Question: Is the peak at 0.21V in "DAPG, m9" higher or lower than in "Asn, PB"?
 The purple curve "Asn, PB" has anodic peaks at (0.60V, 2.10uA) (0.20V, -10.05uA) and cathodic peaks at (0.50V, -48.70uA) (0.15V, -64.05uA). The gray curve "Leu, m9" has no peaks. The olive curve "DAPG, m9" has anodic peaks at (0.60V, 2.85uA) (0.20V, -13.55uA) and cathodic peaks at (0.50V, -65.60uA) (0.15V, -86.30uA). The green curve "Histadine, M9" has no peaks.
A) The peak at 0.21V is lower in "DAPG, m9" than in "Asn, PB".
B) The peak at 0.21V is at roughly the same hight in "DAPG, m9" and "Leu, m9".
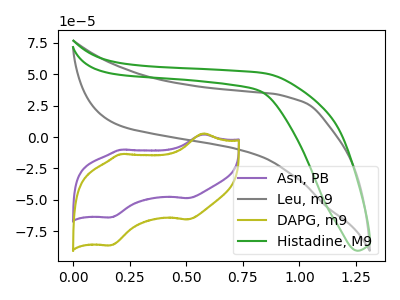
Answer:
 <answer>A) The peak at 0.21V is lower in "DAPG, m9" than in "Asn, PB".</answer>
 <eval>A</eval>